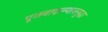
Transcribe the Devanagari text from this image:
पूजनादरम्यानसुद्धा